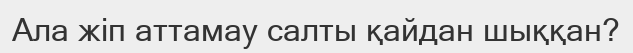
Ала жіп аттамау салты қайдан шыққан?